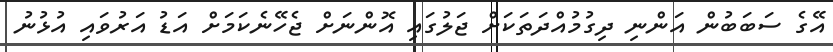
އޭގެ ސަބަބުން އަންނި ދިގުމުއްދަތަކަށް ޖަލުގައި އޮންނަށް ޖެހޭނެކަމަށް އަޑު އަރުވައި އުޅުނު